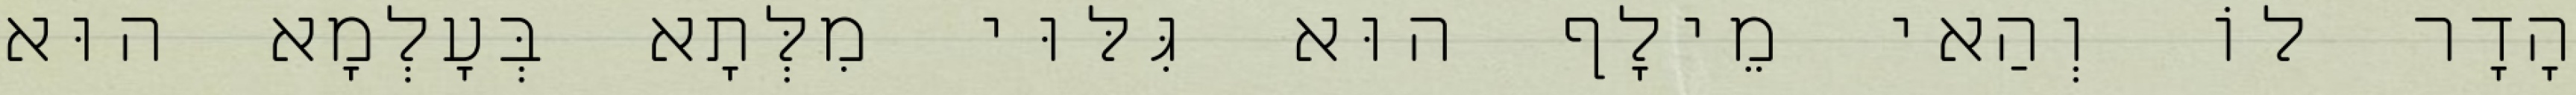
הָדָר לוֹ וְהַאי מֵילָף הוּא גִּלּוּי מִלְּתָא בְּעָלְמָא הוּא